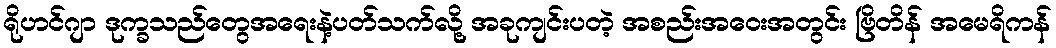
ရိုဟင်ဂျာ ဒုက္ခသည်တွေအရေးနဲ့ပတ်သက်လို့ အခုကျင်းပတဲ့ အစည်းအဝေးအတွင်း ဗြိတိန် အမေရိကန်